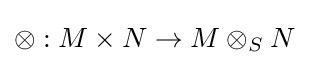
\otimes :M\times N\to M\otimes _{S}N